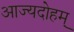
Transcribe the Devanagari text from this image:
आज्यदोहम्